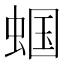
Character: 蝈